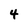
Character: 4